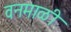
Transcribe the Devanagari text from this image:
वनमाळी